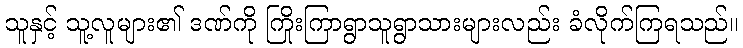
သူနှင့် သူ့လူများ၏ ဒဏ်ကို ကြိုးကြာရွာသူရွာသားများလည်း ခံလိုက်ကြရသည်။